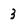
Character: 3